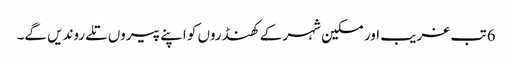
6 تب غریب اور مسکین شہر کے کھنڈروں کو اپنے پیروں تلے روندیں گے۔